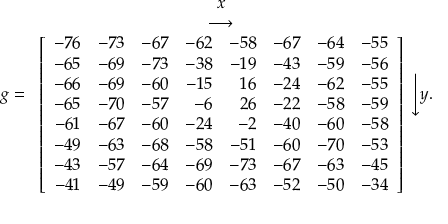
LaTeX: g = { \begin{array} { c } { x } \\ { \longrightarrow } \\ { \left[ { \begin{array} { r r r r r r r r } { - 7 6 } & { - 7 3 } & { - 6 7 } & { - 6 2 } & { - 5 8 } & { - 6 7 } & { - 6 4 } & { - 5 5 } \\ { - 6 5 } & { - 6 9 } & { - 7 3 } & { - 3 8 } & { - 1 9 } & { - 4 3 } & { - 5 9 } & { - 5 6 } \\ { - 6 6 } & { - 6 9 } & { - 6 0 } & { - 1 5 } & { 1 6 } & { - 2 4 } & { - 6 2 } & { - 5 5 } \\ { - 6 5 } & { - 7 0 } & { - 5 7 } & { - 6 } & { 2 6 } & { - 2 2 } & { - 5 8 } & { - 5 9 } \\ { - 6 1 } & { - 6 7 } & { - 6 0 } & { - 2 4 } & { - 2 } & { - 4 0 } & { - 6 0 } & { - 5 8 } \\ { - 4 9 } & { - 6 3 } & { - 6 8 } & { - 5 8 } & { - 5 1 } & { - 6 0 } & { - 7 0 } & { - 5 3 } \\ { - 4 3 } & { - 5 7 } & { - 6 4 } & { - 6 9 } & { - 7 3 } & { - 6 7 } & { - 6 3 } & { - 4 5 } \\ { - 4 1 } & { - 4 9 } & { - 5 9 } & { - 6 0 } & { - 6 3 } & { - 5 2 } & { - 5 0 } & { - 3 4 } \end{array} } \right] } \end{array} } { \Bigg \downarrow } y .